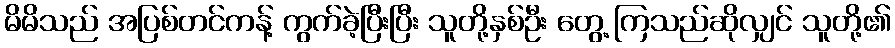
မိမိသည် အပြစ်တင်ကန့် ကွက်ခဲ့ပြီးပြီး သူတို့နှစ်ဦး တွေ့ ကြသည်ဆိုလျှင် သူတို့၏